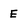
Character: E